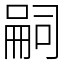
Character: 嗣